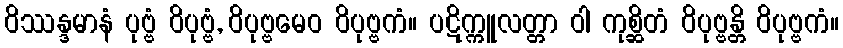
ဝိဿန္ဒမာနံ ပုဗ္ဗံ ဝိပုဗ္ဗံ, ဝိပုဗ္ဗမေဝ ဝိပုဗ္ဗကံ။ ပဋိက္ကူလတ္တာ ဝါ ကုစ္ဆိတံ ဝိပုဗ္ဗန္တိ ဝိပုဗ္ဗကံ။